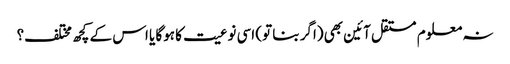
نہ معلوم مستقل آئین بھی (اگر بنا تو) اسی نوعیت کا ہوگا یا اس کے کچھ مختلف؟